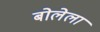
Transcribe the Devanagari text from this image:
बोलेला